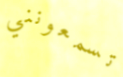
تسمعونني